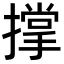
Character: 撑